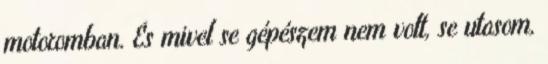
motoromban. És mivel se gépészem nem volt, se utasom,